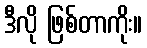
ဒီလို ဖြစ်တာကိုး။